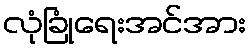
လုံခြုံရေးအင်အား